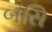
બસિ